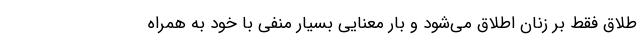
طلاق فقط بر زنان اطلاق می‌شود و بار معنایی بسیار منفی با خود به همراه